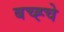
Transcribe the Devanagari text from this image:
बच्ह्चे